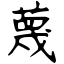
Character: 蔑